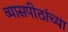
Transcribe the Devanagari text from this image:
व्यासपीठांच्या